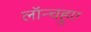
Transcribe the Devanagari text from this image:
लॉन्चहुए